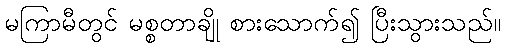
မကြာမီတွင် မစ္စတာချို စားသောက်၍ ပြီးသွားသည်။